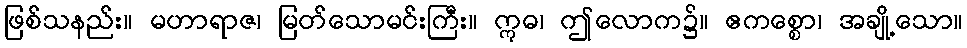
ဖြစ်သနည်း။ မဟာရာဇ၊ မြတ်သောမင်းကြီး။ ဣဓ၊ ဤလောက၌။ ဧကစ္စော၊ အချို့သော။